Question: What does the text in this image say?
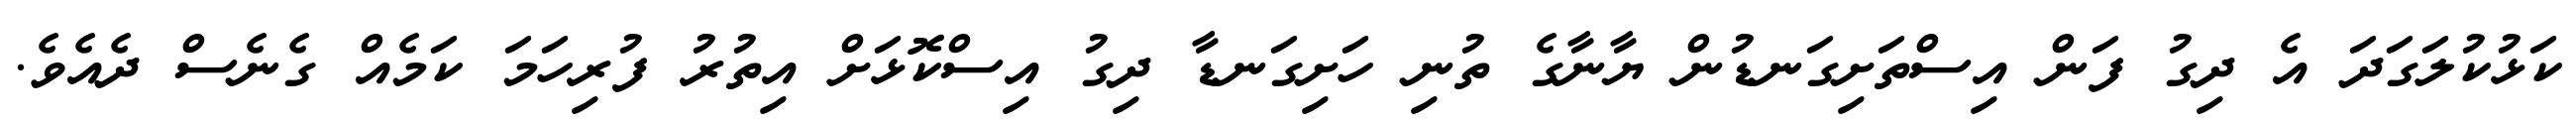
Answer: ކަޅުކުލަގަދަ އެ ދިގު ފަން އިސްތަށިގަނޑުން ޔާނާގެ ތުނި ހަށިގަނޑާ ދިގު އިސްކޮޅަށް އިތުރު ފުރިހަމަ ކަމެއް ގެނެސް ދެއެވެ.